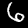
Label: 6